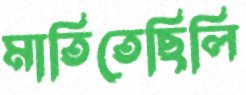
মাতিতেছিলি